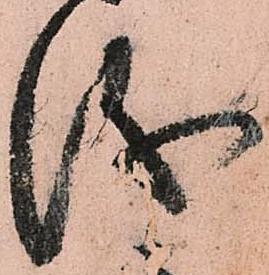
儀